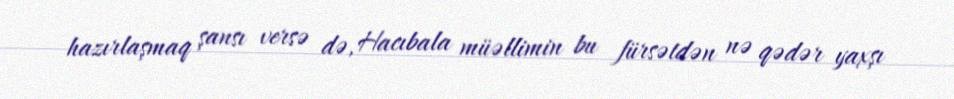
hazırlaşmaq şansı versə də, Hacıbala müəllimin bu fürsətdən nə qədər yaxşı